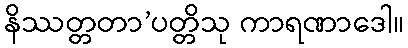
နိဿတ္တတာ’ပတ္တိသု ကာရဏာဒေါ။